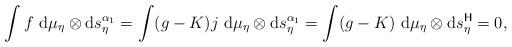
LaTeX: \begin{align*}\int f\ {\rm d}\mu_\eta\otimes {\rm d}s_\eta^{\alpha_1} = \int (g-K)j\ {\rm d}\mu_\eta\otimes {\rm d}s_\eta^{\alpha_1} = \int (g-K) \ {\rm d}\mu_\eta\otimes {\rm d}s_\eta^{\sf H} = 0,\end{align*}